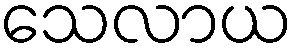
သေလာယ